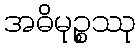
အဓိမုဉ္စဿု